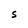
Character: t